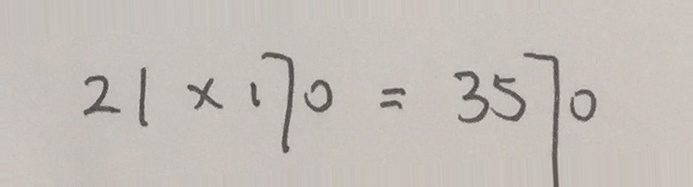
2 1 \times 1 7 0 = 3 5 7 0